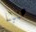
هنيئا